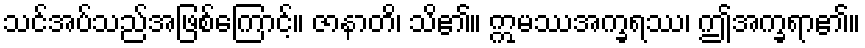
သင်အပ်သည်အဖြစ်ကြောင့်။ ဇာနာတိ၊ သိ၏။ ဣမဿအက္ခရဿ၊ ဤအက္ခရာ၏။